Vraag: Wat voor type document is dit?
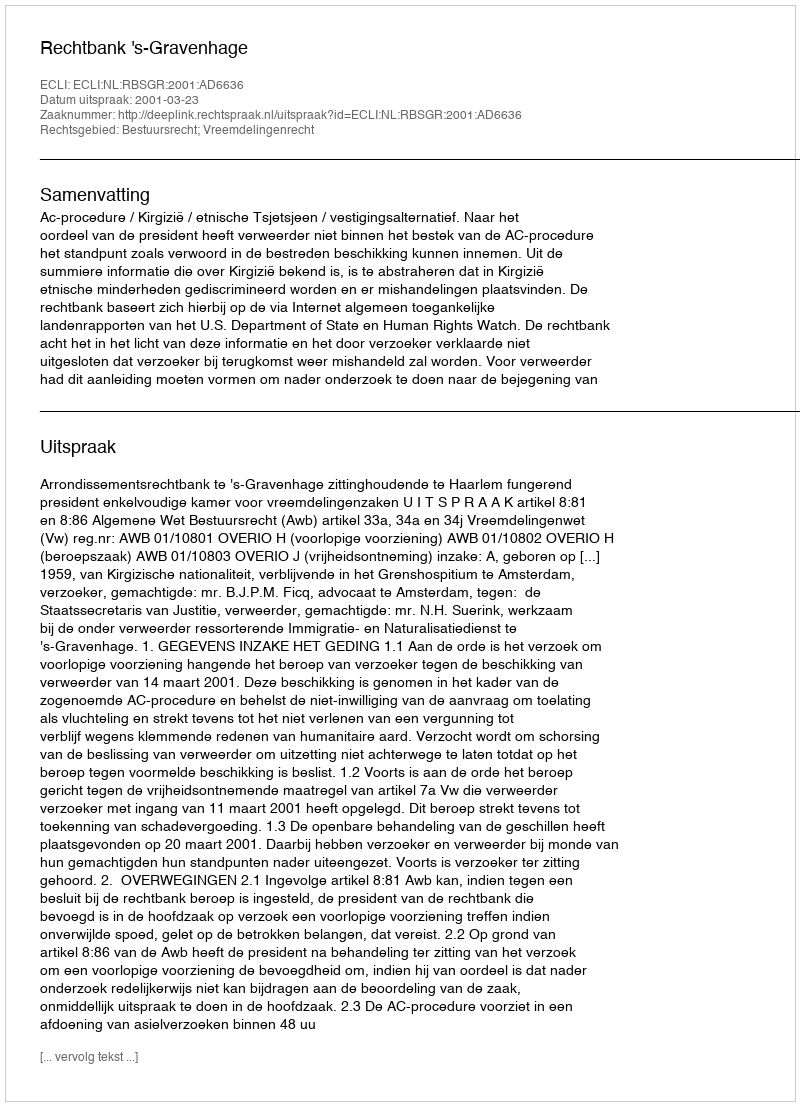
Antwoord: Uitspraak